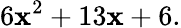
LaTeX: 6\mathbf{x}^{2}+13\mathbf{x}+6.